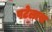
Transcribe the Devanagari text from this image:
पटेलास